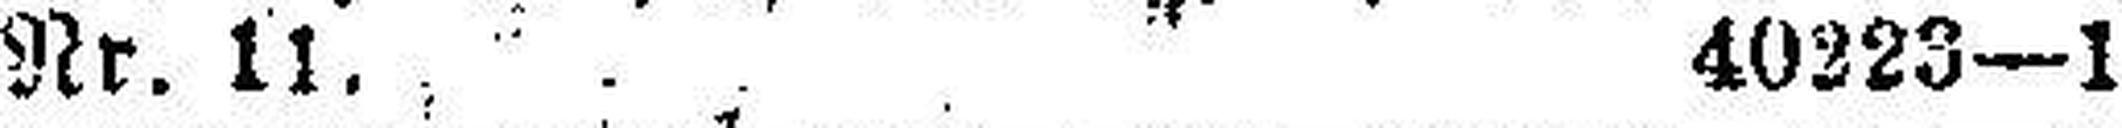
Nr. 11. 40223—1